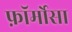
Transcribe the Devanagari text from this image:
फ़ॉर्मोसा